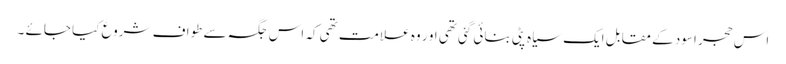
اس حجر اسود کے مقابل ایک سیاہ پٹی بنائی گئی تھی او ر وہ علامت تھی کہ اس جگہ سے طواف شروع کیا جائے ۔